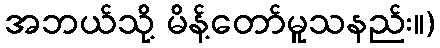
အဘယ်သို့ မိန့်တော်မူသနည်း။)